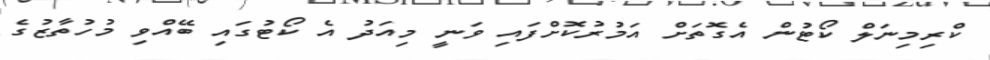
ކްރިމިނަލް ކޯޓުން އެގޮތަށް އަމުރުކޮށްފައި ވަނީ މިއަދު އެ ކޯޓުގައި ބޭއްވި މުހުތާޒުގެ